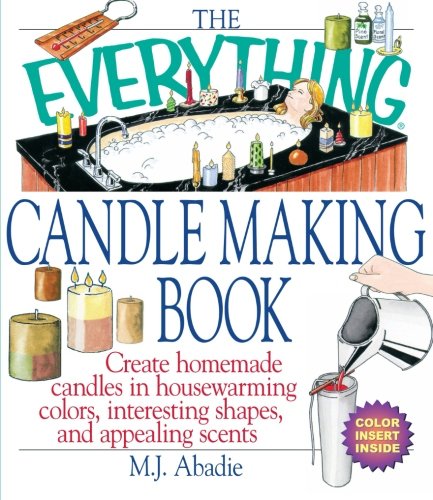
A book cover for The Everything Candlemaking Book: Create Homemade Candles in House-Warming Colors, Interesting Shapes, and Appealing Scents; Marie-Jeanne Abadie; Crafts, Hobbies & Home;